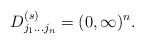
\begin{align*}{D}_{j_1\dots j_n}^{(s)}=(0,\infty)^n.\end{align*}